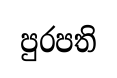
පුරපති